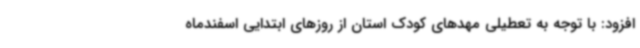
افزود: با توجه به تعطیلی مهدهای کودک استان از روزهای ابتدایی اسفندماه